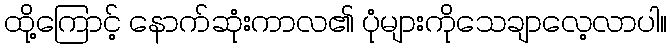
ထို့ကြောင့် နောက်ဆုံးကာလ၏ ပုံများကိုသေချာလေ့လာပါ။